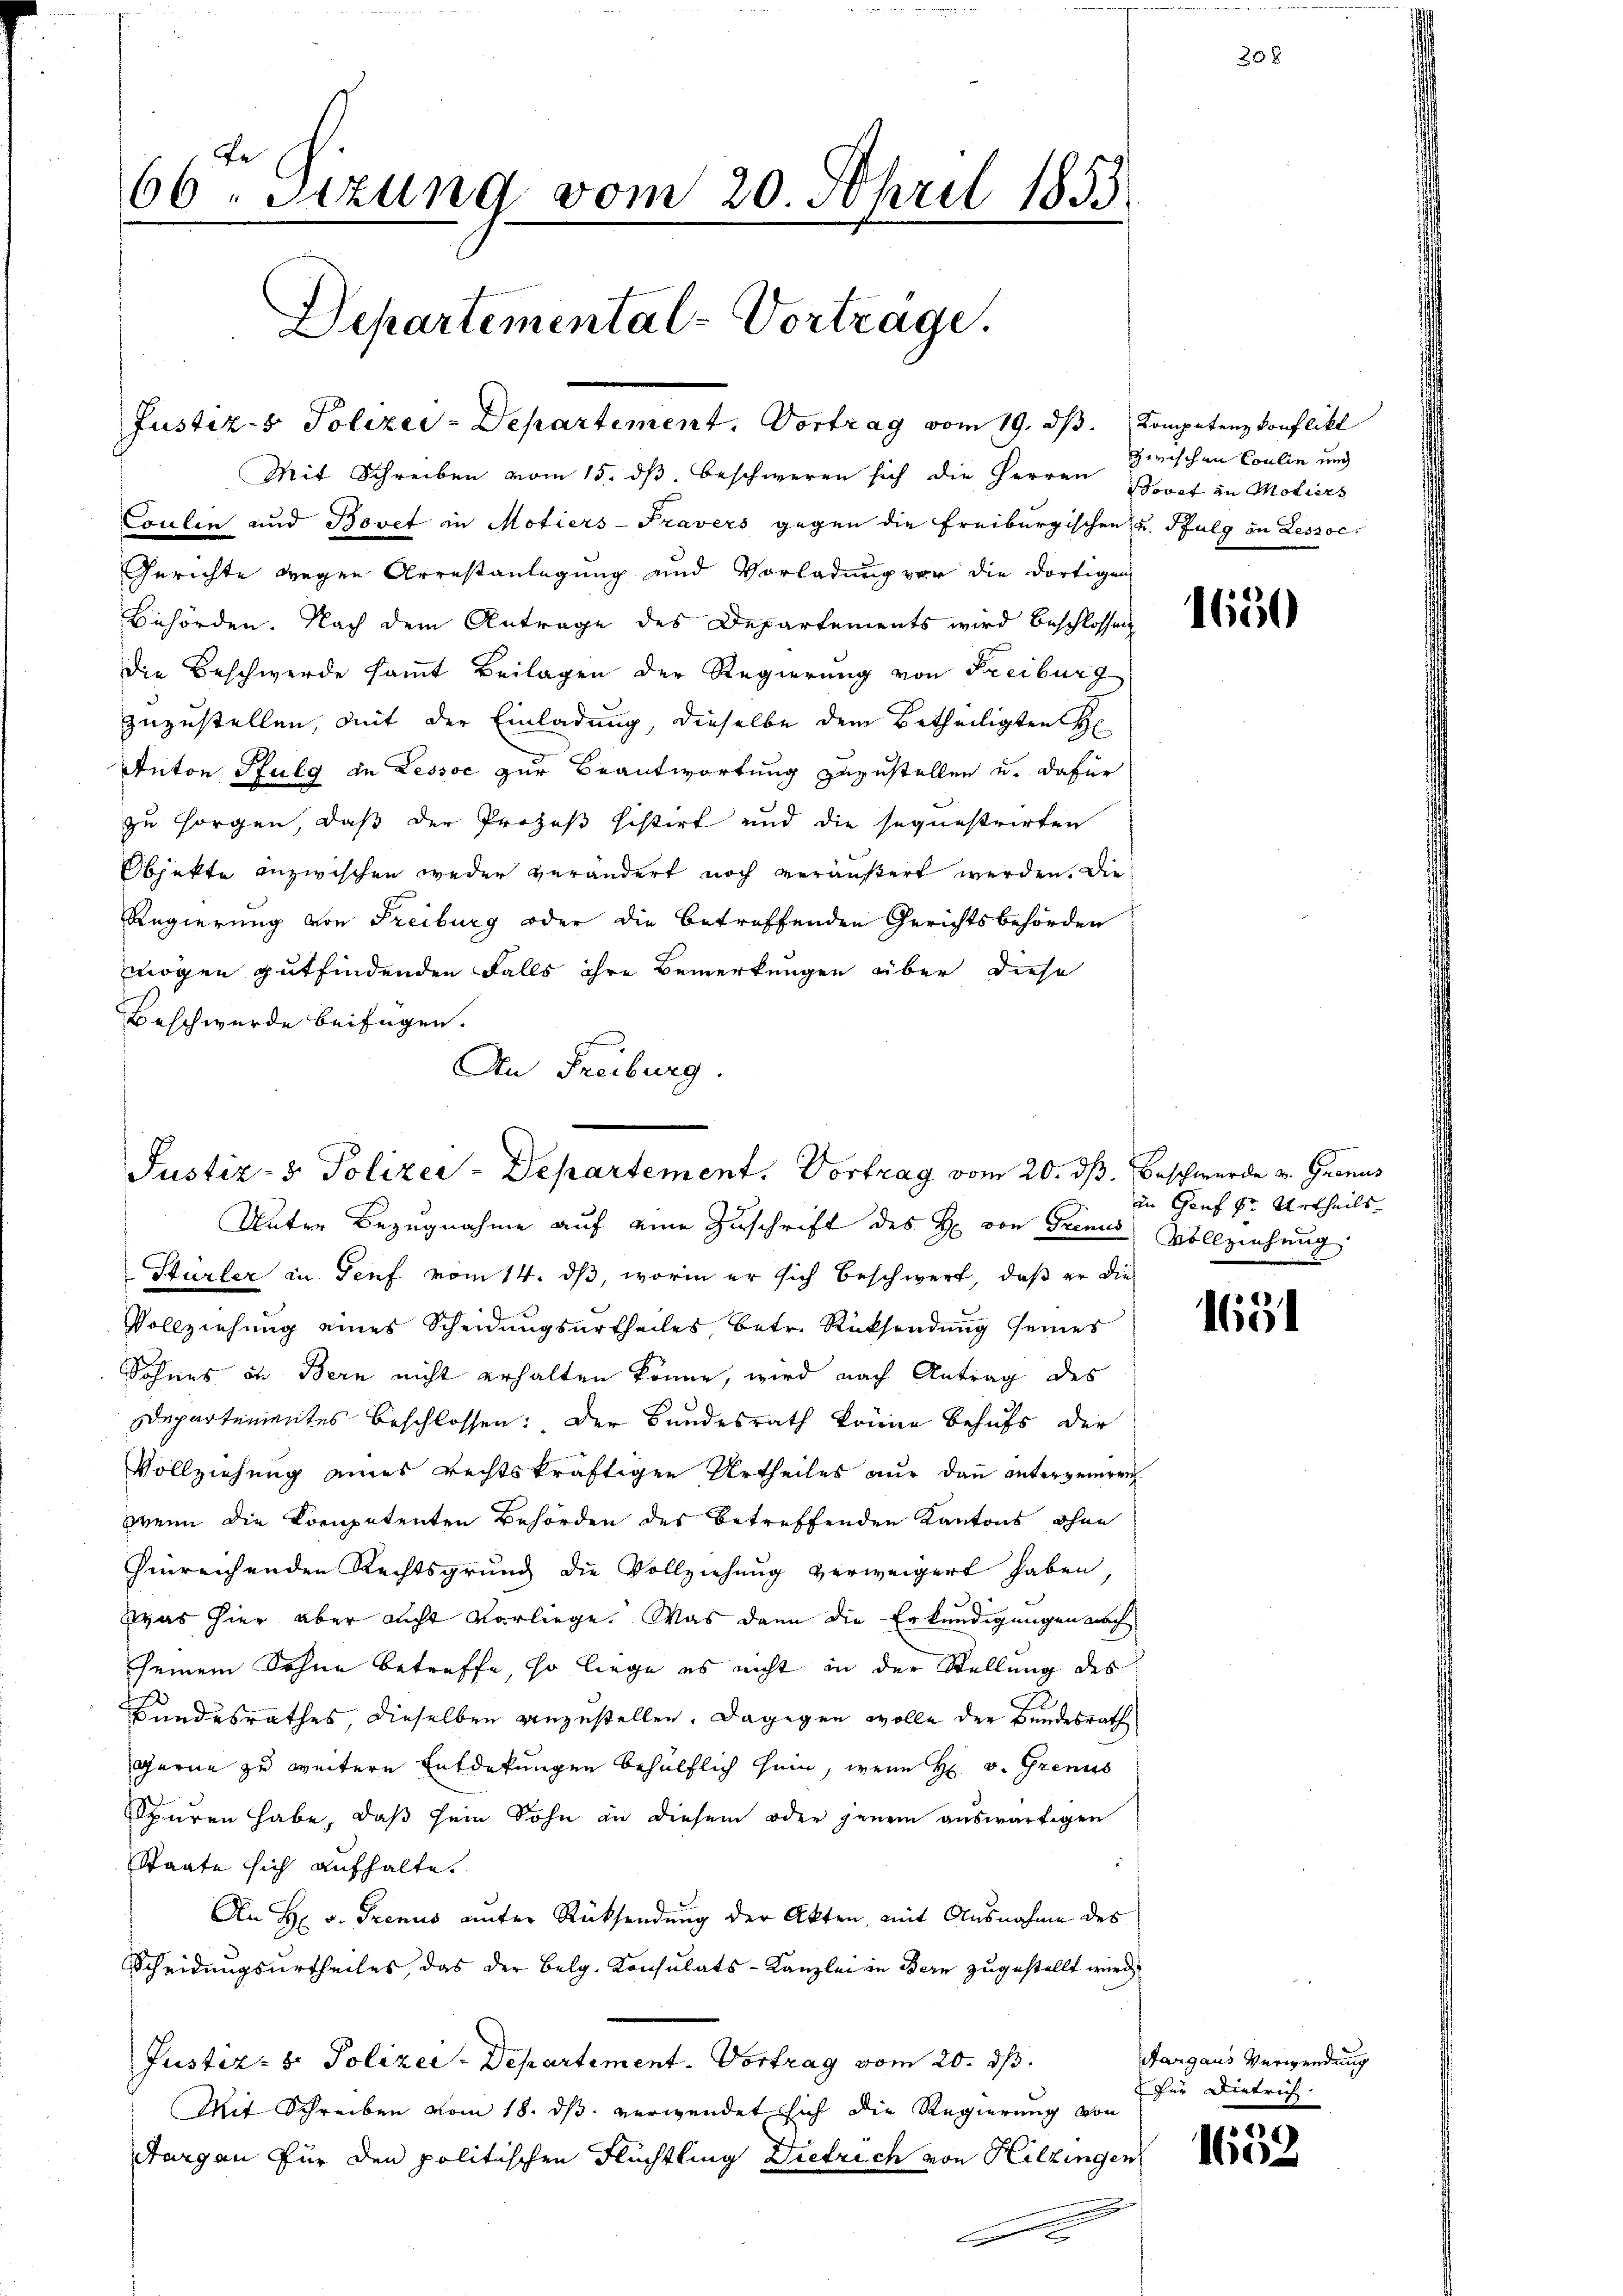
66. Sizung vom 20. April 1853
Departemental-Vortrage.
Justiz- & Polizei-Departement. Vortrag vom 19. dβ. Kompetenz konflikt

Mit Schreiben vom 15. dß. beschweren sich die Herren Bovet an Motiers
Coulen und Bovet in Motiers-Travers gegen die Freiburgischen und Pfulg in Lessoc
Gerichte wegen Arrestanlegung und Vorladung vor die dortigen
Behörden. Nach dem Antrage des Departements wird beschlossen
die Beschwerde sammt Beilagen der Regierung von Freiburg
zuzustellen, mit der Einladung, dieselbe dem Betheiligten H
Anton Pfulg in Lessoc zur Beantwortung zuzustellen u. dafür
zu sorgen, daß der Prozeß histirt und die sequestrirten
Objekte anzwischen weder verändert noch veräußert werden. Die
Regierung von Freiburg oder die betreffenden Gerichtsbehörden
mögen gutfindenden Falls ihre Bemerkungen über diese
Beschwerde beifügen.
An Freiburg.

Justiz- & Polizei-Departement. Vortrag vom 20. dß. Beschwerde v. Gronus
Unter Bezugnahme auf eine Zuschrift des H. von Trenus Vollziehung

Hürler in Genf vom 14. ds, worin er sich beschwert, daß er die
Vollziehung eines Scheidungsurtheiles, betr. Rücksendung seines
Sohnes in Bern nicht erhalten könne, wird nach Antrag des
Departementes beschlossen: Der Bundesrath könne behufs der
Vollziehung eines rechtskräftigen Urtheiles nur dann unterzeigen
wenn die Kompetenten Behörden des betreffenden Kantons ohne
hinreichenden Rechtsgrund die Vollziehung verweigert haben,
Was hier aber nicht vorliege. Was dann die Erkundigungen nach
seinem Sohne betreffe, so liege es nicht in der Stellung des
Bundesrathes, dieselben anzustellen. Dagegen wolle der Bundesrath
gerne zu weitere Entdekungen behülflich sein, wenn H. v. Grenis
Spuren habe, daß sein Sohn an diesem oder jenem auswärtigen
Staate sich aufhalte.
An H. v. Trenus unter Rücksendung der Akten, mit Ausnahme des
Scheidungsurtheiles, das der Belg. Konsulats-Kanzlei in Bern zugestellt wird
Justiz- & Polizei-Departement. Vortrag vom 20. ds.
Mit Schreiben vom 18. ds verwendet sich die Regierung von
Aargau für den politischen Flüchtling Diedrich von Hitzingen
E

zwischen Coulin und

1650

in Genf der Urtheils

1651

Aargaus Verwendung
für Dietrich
29

e